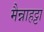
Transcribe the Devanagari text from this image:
मैन्नाहट्टा